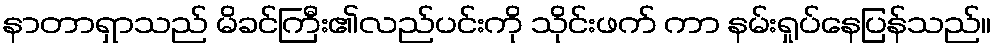
နာတာရှာသည် မိခင်ကြီး၏လည်ပင်းကို သိုင်းဖက် ကာ နမ်းရှုပ်နေပြန်သည်။